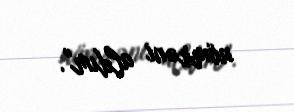
nömrəni aldım".